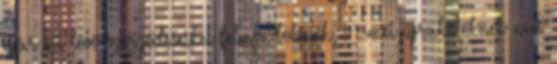
már ott lévő szerződéseiket felmondóknak, s ismét újrakötőknek nem